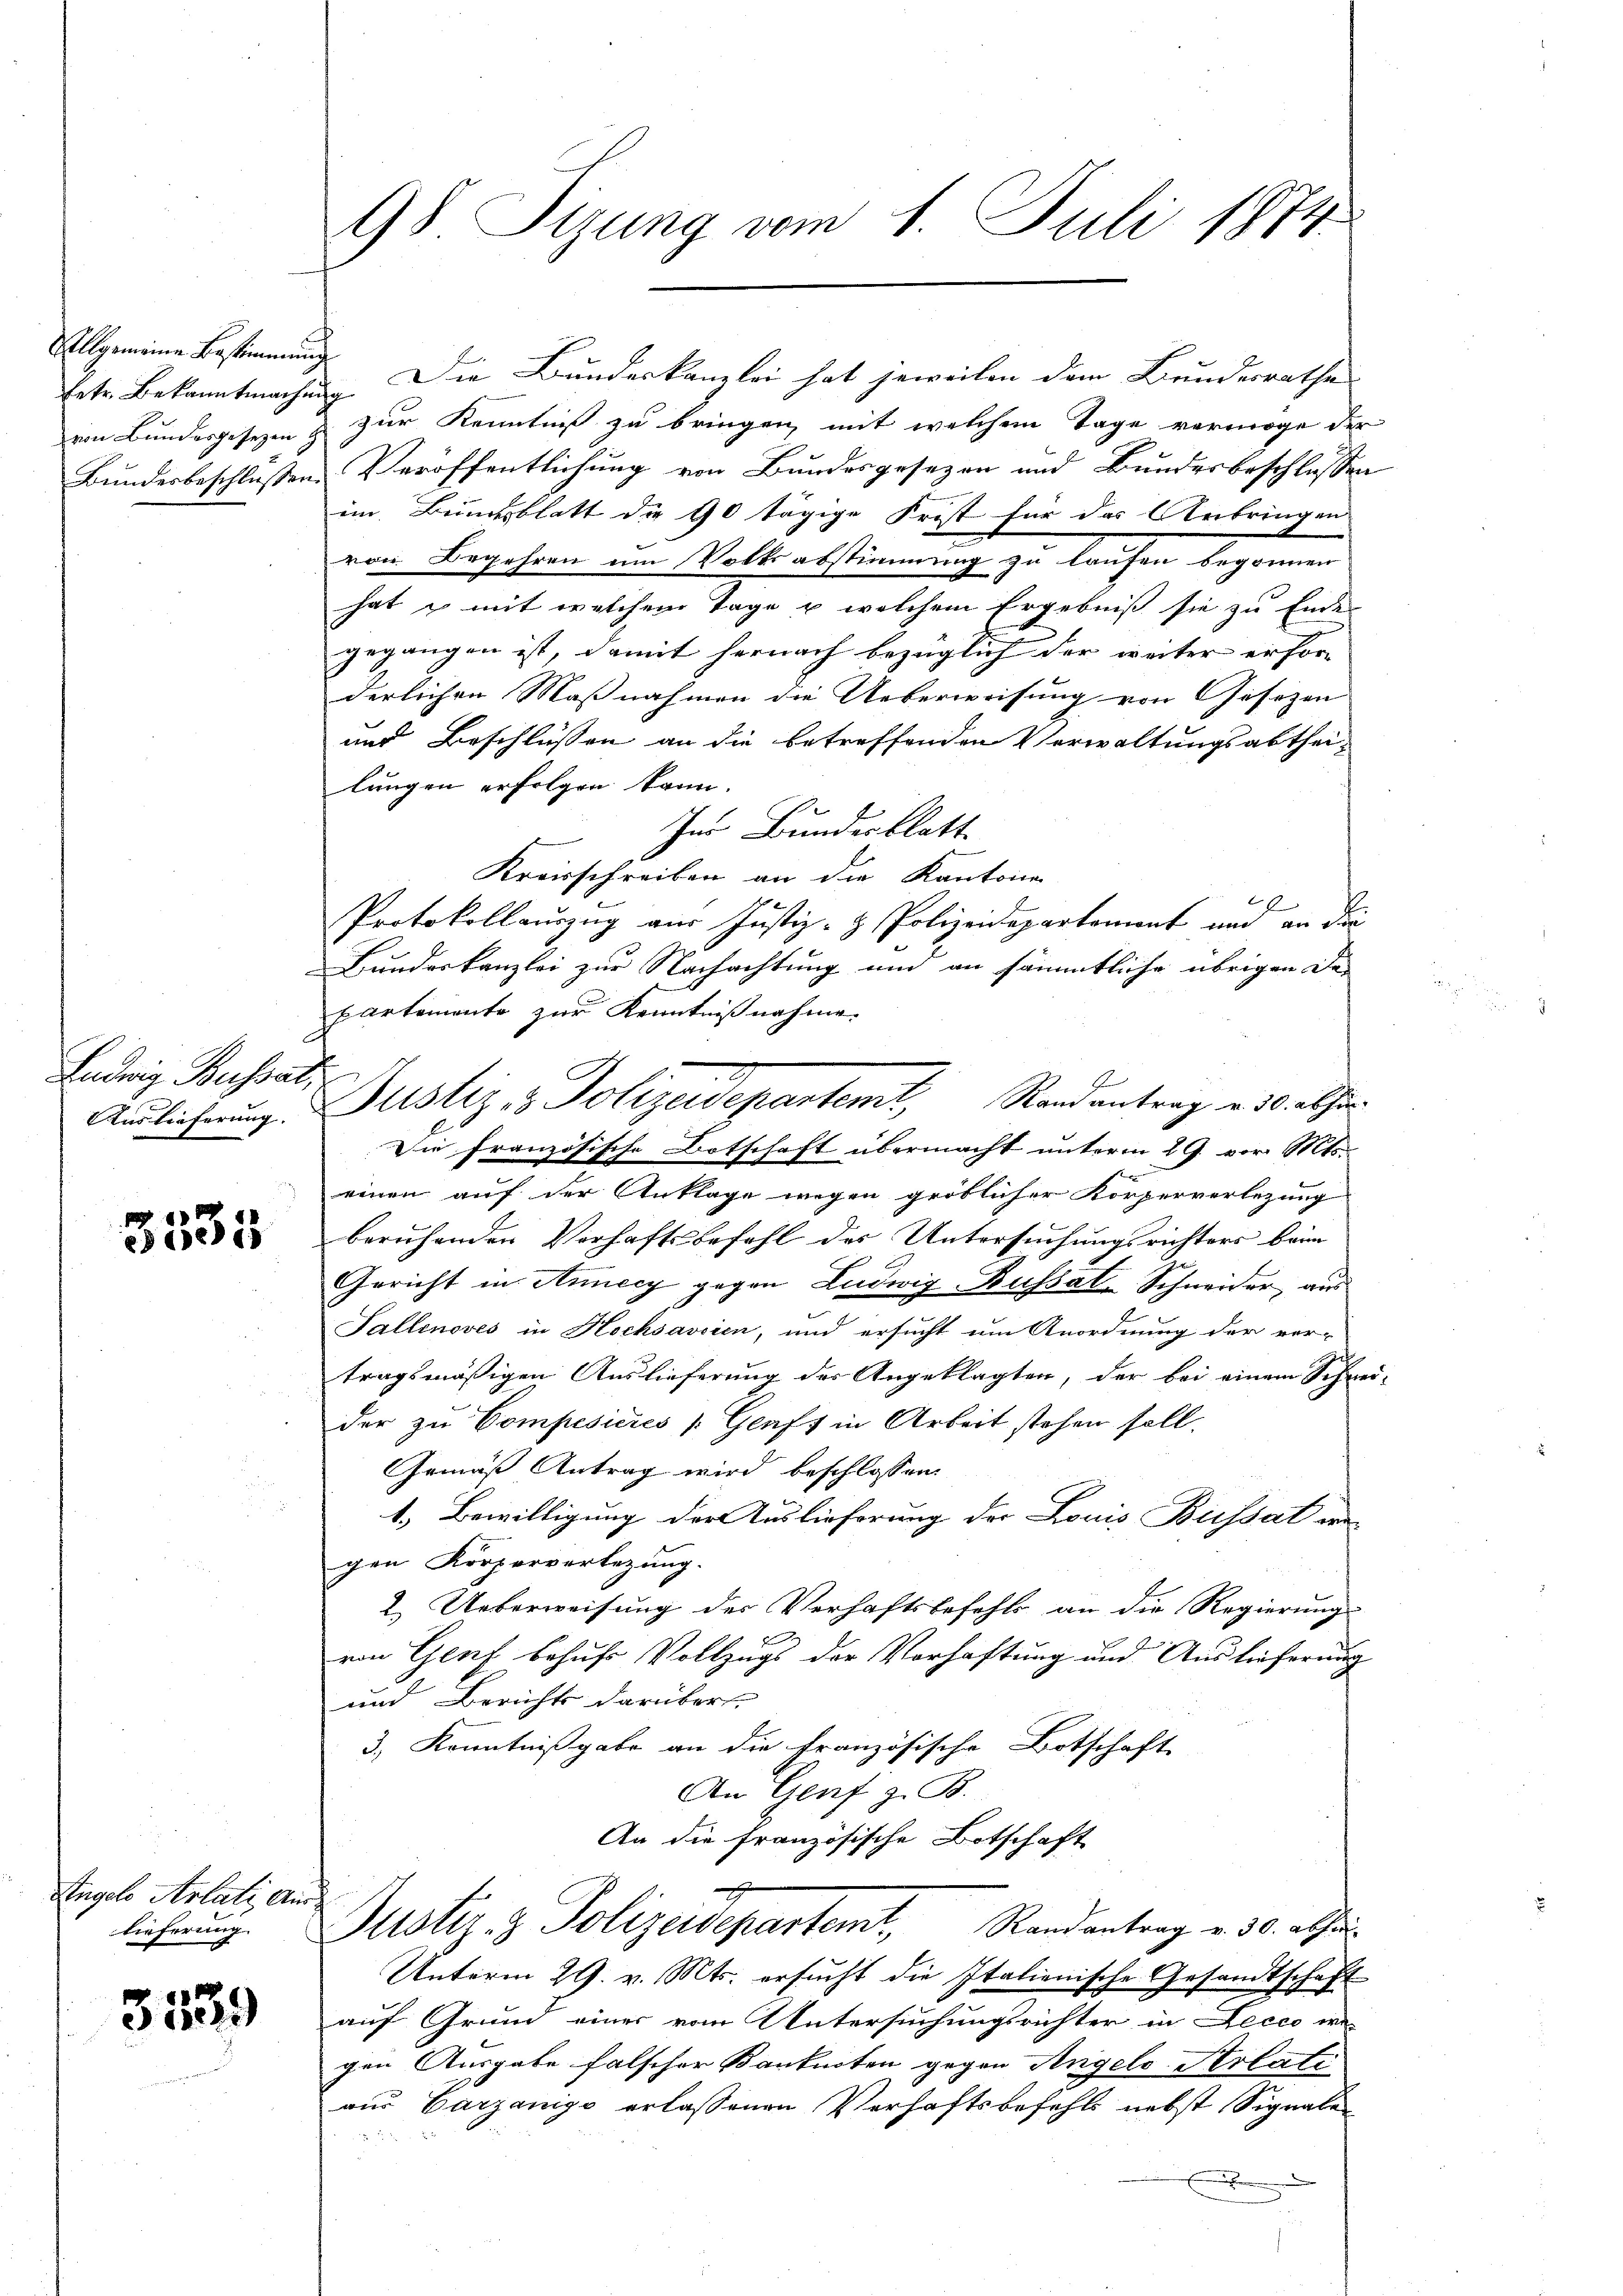
Allgemeine Bestimmung

Ludwig Busset,
Auslieferung.

3333

Angelo Artati Auslieferung

3139

Enter Bekanntmachung. Die Bundeskanzlei hat jeweilen dem Bundesrathe
von Bundesgesezen & zur Kenntniß zu bringen, mit welchem Tage vermöge der
Bundesbeschlüßen Veröffentlichung von Bundesgesezen und Bundesbeschlossen
im Bundesblatt die 90 tägige Frost für das Anbringen
von Begehren um Volksabstimmung zu laufen begonnen
hat es mit welchem Tage u. welchem Ergebniß sie zu Ende
gegangen ist, damit hernach bezüglich der weiter erfor
derlichen Maßnahmen die Ueberweisung von Gesezen |
und Beschlüssen an die betreffenden Verwaltungsabtheilungen erfolgen kann.
Zur Bundesblatt.
Kreisschreiben an die Kantone
x
Protokollauszug aus Justiz- & Polizeidepartement und an die
Bundeskanzlei zur Nachachtung und an sämmtliche übrigen Departemente zur Kenntnißnahme.
Justiz & Polizeidepartemt, Randantrag u. 30 alher
Die französische Botschaft übermacht unterm 29. vor. Mts.
einen auf der Anklage wegen gröblicher Körperverletzung
beruhenden Verhaftsbefehl des Untersuchungsrichters beim
Gericht in Annecy gegen Ludwig-Bussál-Schneider, aus
Gallenoves in Hochsavsien, und ersucht um Anordnung der ver-
tragsmäßigen Auslieferung der Angeklagten, der bei einem Schrei-
der zu Compesicres (Genf in Arbeit stehen soll.
Gemäß Antrag wird beschlossen:
1.) Bewilligung der Auslieferung der Louis Busset wegen Körperverbezung.
2.) Ueberweisung der Verhaftsbefehls an die Regierung
ron Genf behufs Vollzugs der Vorhaftung und Auslieferung
und Berichts darüber
3.) Kenntnißgabe an die Französische Botschaft
An Genf z. B.
An die französische Botschaft
Justiz- & Polizeidepartamt Randantrag v. 30. als
Unterm 29. v. Mts. ersucht die Italienische Gesandtschaft
auf Grund einer vom Untersuchungsrichter in Lecco we-
gen Ausgabe falscher Banknoten gegen Angels Arlati
aus Carzanigo erlassenen Verhaftsbefehls nebst Signale
 0 x
.

98 Sizung vom 1. Juli 1874.